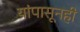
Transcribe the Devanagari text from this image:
यांपासूनही